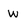
Character: w